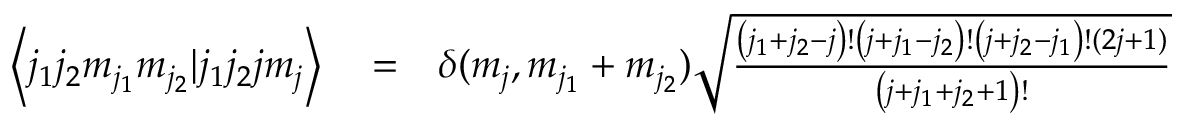
\begin{array} { r l r } { \left< j _ { 1 } j _ { 2 } m _ { j _ { 1 } } m _ { j _ { 2 } } | j _ { 1 } j _ { 2 } j m _ { j } \right> } & { { } = } & { \delta ( m _ { j } , m _ { j _ { 1 } } + m _ { j _ { 2 } } ) \sqrt { \frac { \left( j _ { 1 } + j _ { 2 } - j \right) ! \left( j + j _ { 1 } - j _ { 2 } \right) ! \left( j + j _ { 2 } - j _ { 1 } \right) ! ( 2 j + 1 ) } { \left( j + j _ { 1 } + j _ { 2 } + 1 \right) ! } } } \end{array}